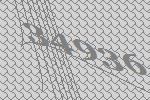
34936